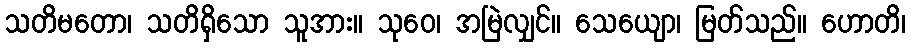
သတိမတော၊ သတိရှိသော သူအား။ သုဝေ၊ အမြဲလျှင်။ သေယျော၊ မြတ်သည်။ ဟောတိ၊